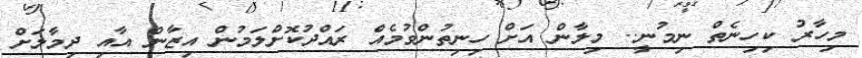
މިހާރު ކިހިނެތް ނިމުނީ.. މިލާން އަށް ހިނިތުންވުމެއް ރައްދުކޮށްލަމުން އިޒާން އާއި ދިމާލަށް